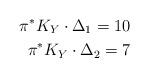
LaTeX: \begin{align*}\pi^{\ast}K_Y\cdot \Delta_1=10\\\pi^{\ast}K_Y\cdot \Delta_2 =7\end{align*}